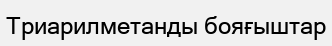
Триарилметанды бояғыштар